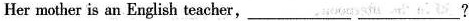
Her mother is an English teacher,___ ___?